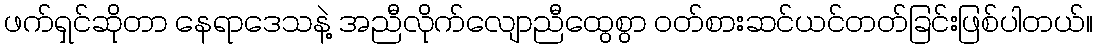
ဖက်ရှင်ဆိုတာ နေရာဒေသနဲ့ အညီလိုက်လျောညီထွေစွာ ဝတ်စားဆင်ယင်တတ်ခြင်းဖြစ်ပါတယ်။